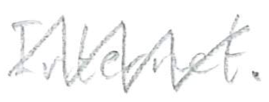
Text: Internet.
Cross-out: zig-zag
Writing tool: pencil